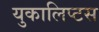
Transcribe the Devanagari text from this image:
युकालिप्टस